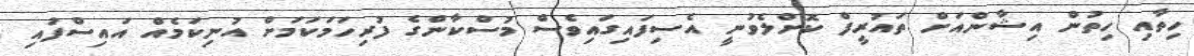
ހިތާއި ހިތުން އިޝާންއަށް ތައުރީފް ކޮށްލެވުނީ އެސިފައިގައިވެސް މުސްކާންގެ ފުރިހަމަކަމަށް އުނިކަމެއް އައިސްފައި